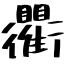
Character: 衢